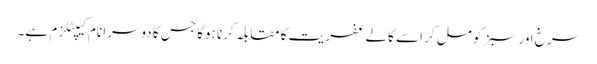
سرخ اور سبز کو مل کر اسے کالے عفریت کا مقابلہ کرنا ہوگا جس کا دوسرا نام کیپٹلزم ہے۔